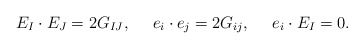
\begin{align*}E_I \cdot E_J = 2G_{IJ}, \ \ \ \ e_i \cdot e_j = 2G_{ij}, \ \ \ \ e_i \cdot E_I = 0. \end{align*}